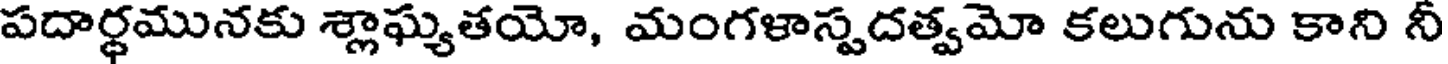
పదార్థమునకు శ్లాఘ్యతయో, మంగళాస్పదత్వమో కలుగును కాని నీ